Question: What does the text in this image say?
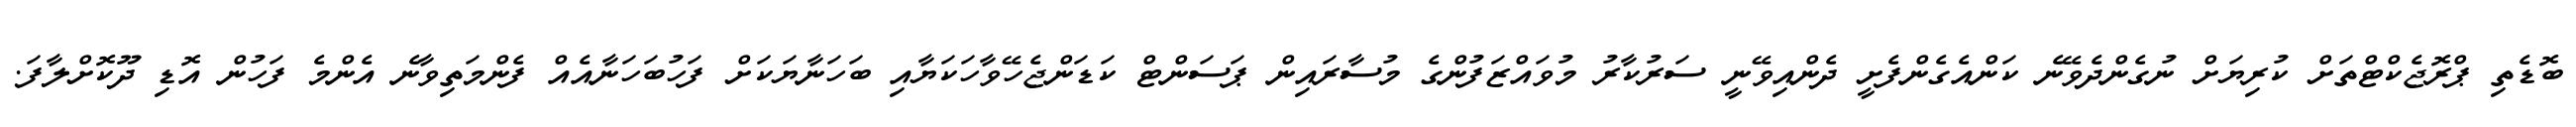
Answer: ބޮޑެތި ޕްރޮޖެކްޓްތަށް ކުރިޔަށް ނުގެންދެވޭނެ ކަންއެގެންފެށީ ދެންއިވޭނީ ސަރުކާރު މުވައްޒަފުންގެ މުސާރައިން ޕަސަންޓް ކަޑަންޖެހޭވާހަކަޔާއި ބަހަނާޔަކަށް ފަހުބަހަނާއެއް ފެންމަތިވާނެ އެންމެ ފަހުން އޮޑި ދޫކޮށްލާފަ.